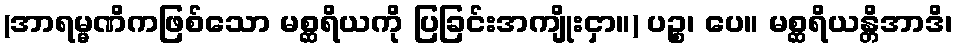
(အာရမ္မဏိကဖြစ်သော မစ္ဆရိယကို ပြခြင်းအကျိုးငှာ။) ပဉ္စ၊ ပေ။ မစ္ဆရိယန္တိအာဒိ၊